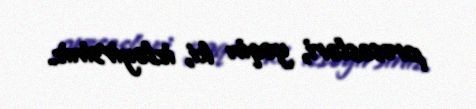
prosesləri, yəqin ki, izləyirsiniz.